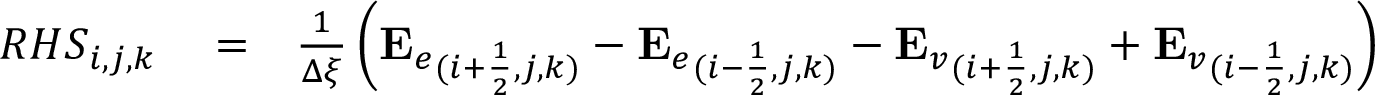
\begin{array} { r l r } { { R H S } _ { i , j , k } } & { { } = } & { \frac { 1 } { \Delta \xi } \left( { \mathbf { E } _ { e } } _ { ( i + \frac { 1 } { 2 } , j , k ) } - { \mathbf { E } _ { e } } _ { ( i - \frac { 1 } { 2 } , j , k ) } - { \mathbf { E } _ { v } } _ { ( i + \frac { 1 } { 2 } , j , k ) } + { \mathbf { E } _ { v } } _ { ( i - \frac { 1 } { 2 } , j , k ) } \right) } \end{array}